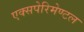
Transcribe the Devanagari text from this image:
एक्सपेरिमेण्टल